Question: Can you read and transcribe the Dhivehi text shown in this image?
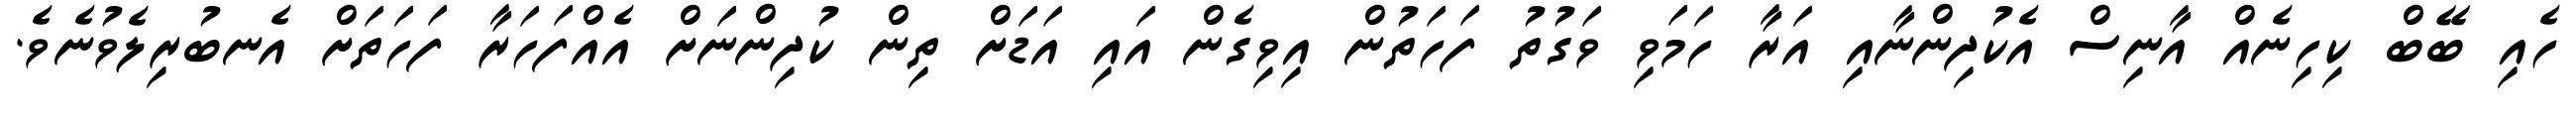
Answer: ހެއި ބޭބް ކިހިނެއް އާނިސް އެކުދިންނާއި އަރާ ހަމަވި ވަގުތު ފަހަތުން އިވިގެން އައި އަޑަށް ތިން ކުދިންނަށް އެއްފަހަރާ ފަހަތަށް އެނބުރިލެވުނެވެ.